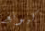
كيونغ